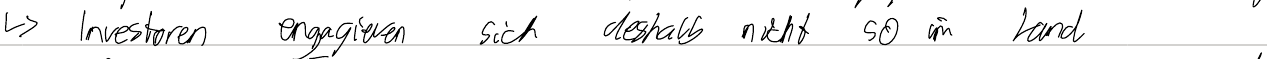
-> Investoren engagieren sich deshalb nicht so im Land